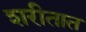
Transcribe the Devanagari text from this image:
शरीतात